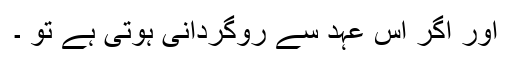
اور اگر اس عہد سے روگردانی ہوتی ہے تو ۔